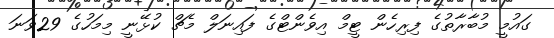
ގައުމީ މުބާރާތުގެ ފިރިހެން ޓީމް އިވެންޓްގެ ފައިނަލް މެޗް ކުޅޭނީ މިމަހުގެ 29ވަނަ